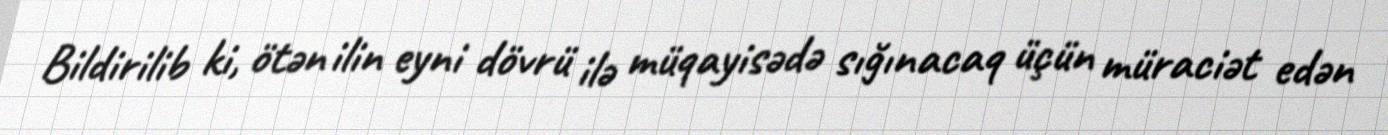
Bildirilib ki, ötən ilin eyni dövrü ilə müqayisədə sığınacaq üçün müraciət edən